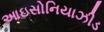
આઇસોનિયાઝીડ